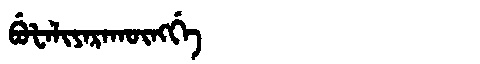
Manchu: ᠪᡠᡶᠠᠯᡳᠶᠠᡵᠠᡴᡡᠩᡤᡝ
Romanization: BUFALIYARAKŪNGGE